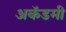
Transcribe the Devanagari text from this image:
अकॅडमी